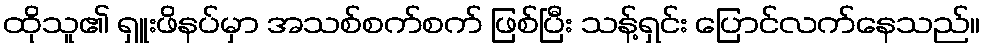
ထိုသူ၏ ရှူးဖိနပ်မှာ အသစ်စက်စက် ဖြစ်ပြီး သန့်ရှင်း ပြောင်လက်နေသည်။